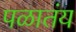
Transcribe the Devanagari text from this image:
पळातंय